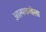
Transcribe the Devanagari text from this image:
आत्मकथेला